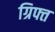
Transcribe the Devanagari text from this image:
ग्रिफ्त